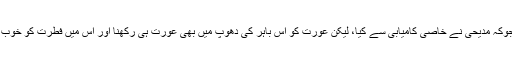
مرد کے اندر ایک انسان کو جگانا بےشک بڑا کام ہو گا اور جوکہ مدیحی نے خاصی کامیابی سے کیا، لیکن عورت کو اس باہر کی دھوپ میں بھی عورت ہی رکھنا اور اس میں فطرت کو خوب زندہ اور بحال رکھنا مجھے اس ناول میں کہیں زیادہ پسند آیا۔